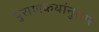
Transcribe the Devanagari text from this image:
पुराणकथांनुसार